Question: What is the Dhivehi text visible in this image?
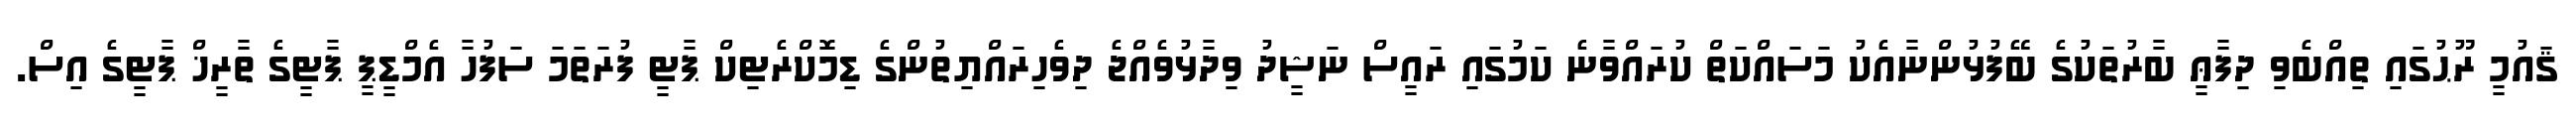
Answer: ޤައުމީ ރޫޙުގައި ތިއްބެވި ދިފާޢީ ބާރުތަކުގެ ބޭފުޅުންނާއެކު މަސައްކަތް ކުރައްވާނެ ކަމުގައި ރައީސް ނަޝީދު ވިދާޅުވެއްޖެ ދިވެހިރައްޔިތުންގެ ޑިމޮކްރެޓިކް ޕާޓީ ފުރަތަމަ ސަފުހާ އެމްޑީޕީ ޕާޓީގެ ތާރީޚް ޕާޓީގެ އިސް.